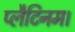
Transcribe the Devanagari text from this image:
प्लैटिनम।